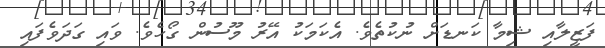
ފަޒީލާއި ޝިމާ ކަނޑަށް ނުކުތެވެ. އެކަމަކު އޭރު މޫސުން ގޯހެވެ. ވައި ގަދަވެފައި